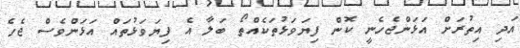
އަދި އިތުރަށް އަޅަންޖެހެނީ ކޮން ފިޔަވަޅުތަކެއްތޯ ބަލާ އެ ފިޔަވަޅުތައް އަޅަންވެސް ޖެހެ